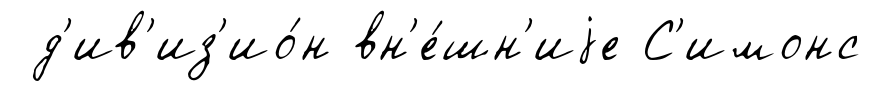
д'ив'из'ио́н вн'е́шн'иjе С'имонс